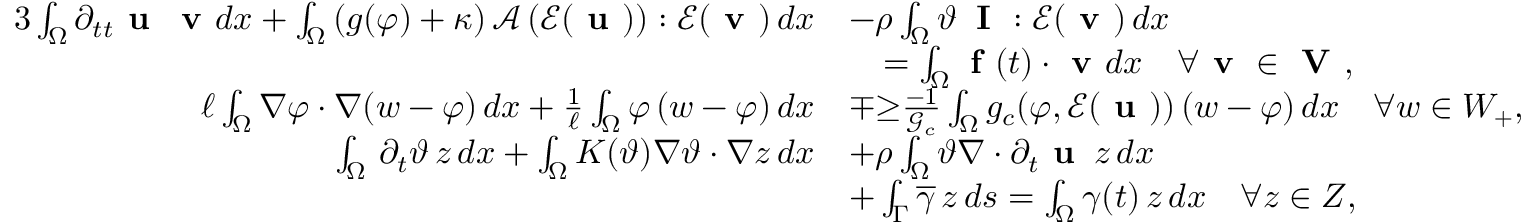
\begin{array} { r l } { { 3 } \int _ { \Omega } \partial _ { t t } \textbf { u } \, \textbf { v } d x + \int _ { \Omega } \left( g ( \varphi ) + \kappa \right) \mathcal { A } \left( \mathcal { E } ( \textbf { u } ) \right) : \mathcal { E } ( \textbf { v } ) \, d x } & { - \rho \int _ { \Omega } \vartheta \, \textbf { I } : \mathcal { E } ( \textbf { v } ) \, d x } \\ & { \quad = \int _ { \Omega } \textbf { f } ( t ) \cdot \textbf { v } d x \quad \forall \textbf { v } \in \textbf { V } , } \\ { { \ell \int _ { \Omega } \nabla \varphi \cdot \nabla ( w - \varphi ) \, d x + \frac { 1 } { \ell } \int _ { \Omega } \varphi \, ( w - \varphi ) \, d x } } & { \mp { \ge } \frac { - 1 } { \mathcal { G } _ { c } } \int _ { \Omega } g _ { c } ( \varphi , \mathcal { E } ( \textbf { u } ) ) \, ( w - \varphi ) \, d x \quad \forall w \in W _ { + } , } \\ { \int _ { \Omega } \, \partial _ { t } \vartheta \, z \, d x + \int _ { \Omega } K ( \vartheta ) \nabla \vartheta \cdot \nabla z \, d x } & { + \rho \int _ { \Omega } \vartheta \nabla \cdot \partial _ { t } \textbf { u } \, z \, d x } \\ & { + \int _ { \Gamma } \overline { { \gamma } } \, z \, d s = \int _ { \Omega } \gamma ( t ) \, z \, d x \quad \forall z \in Z , } \end{array}